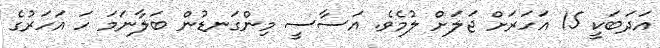
އަދަބަކީ 15 އަހަރަށް ޖަލަށް ލުމެވެ. އަސާސީ މިންގަނޑުން ބަލާނަމަ ހަ އަހަރުގެ